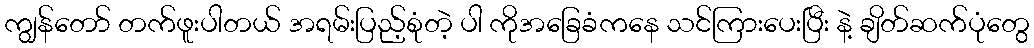
ကျွန်တော် တက်ဖူးပါတယ် အရမ်းပြည့်စုံတဲ့ ပါ ကိုအခြေခံကနေ သင်ကြားပေးပြီး နဲ့ ချိတ်ဆက်ပုံတွေ